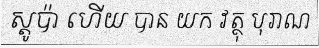
ស្តូប៉ា ហើយ បាន យក វត្ថុ បុរាណ